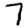
Digit: 7